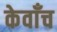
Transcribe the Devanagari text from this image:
केवाँच